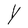
Character: Y